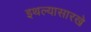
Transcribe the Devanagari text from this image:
इथल्यासारखे